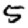
Digit: 5